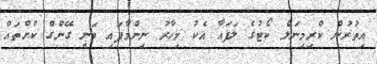
އިތުރުން ކްރިމިނަލް ކޯޓުގެ ލަފައާ އެކު މިހާރު ނިންމާފައި ވަނީ ގޭންގް ކުށްތައް